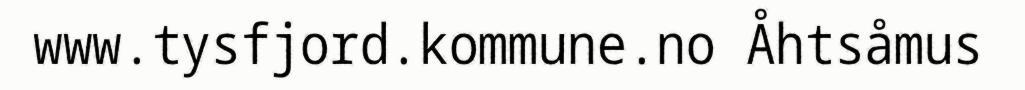
www.tysfjord.kommune.no Åhtsåmus